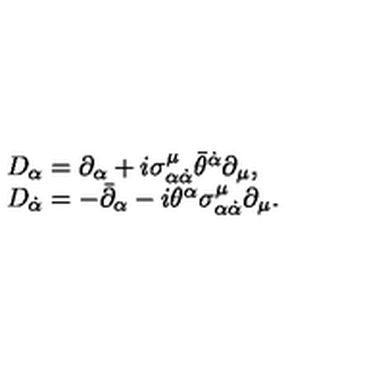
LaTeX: \begin{array} { l l } { D _ { \alpha } = \partial _ { \alpha } + i \sigma _ { \alpha \dot { \alpha } } ^ { \mu } \bar { \theta } ^ { \dot { \alpha } } \partial _ { \mu } , } \\ { D _ { \dot { \alpha } } = - \bar { \partial } _ { \alpha } - i \theta ^ { \alpha } \sigma _ { \alpha \dot { \alpha } } ^ { \mu } \partial _ { \mu } . } \\ \end{array}